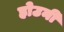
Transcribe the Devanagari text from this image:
होउनी